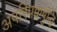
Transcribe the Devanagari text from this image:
अपरिपक्वबुद्धि